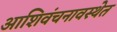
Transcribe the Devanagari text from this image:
आशिवंचनावस्थेत